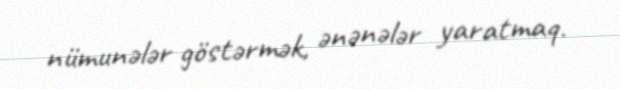
nümunələr göstərmək, ənənələr yaratmaq.